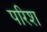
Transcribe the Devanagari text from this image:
परिश